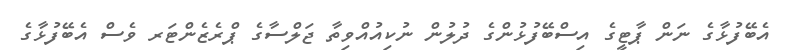
އެބޭފުޅާގެ ނަން ޕާޓީގެ އިސްބޭފުޅުންގެ ދުލުން ނުކިއުއްވިތާ ޖަލްސާގެ ޕްރެޒެންޓަރ ވެސް އެބޭފުޅާގެ